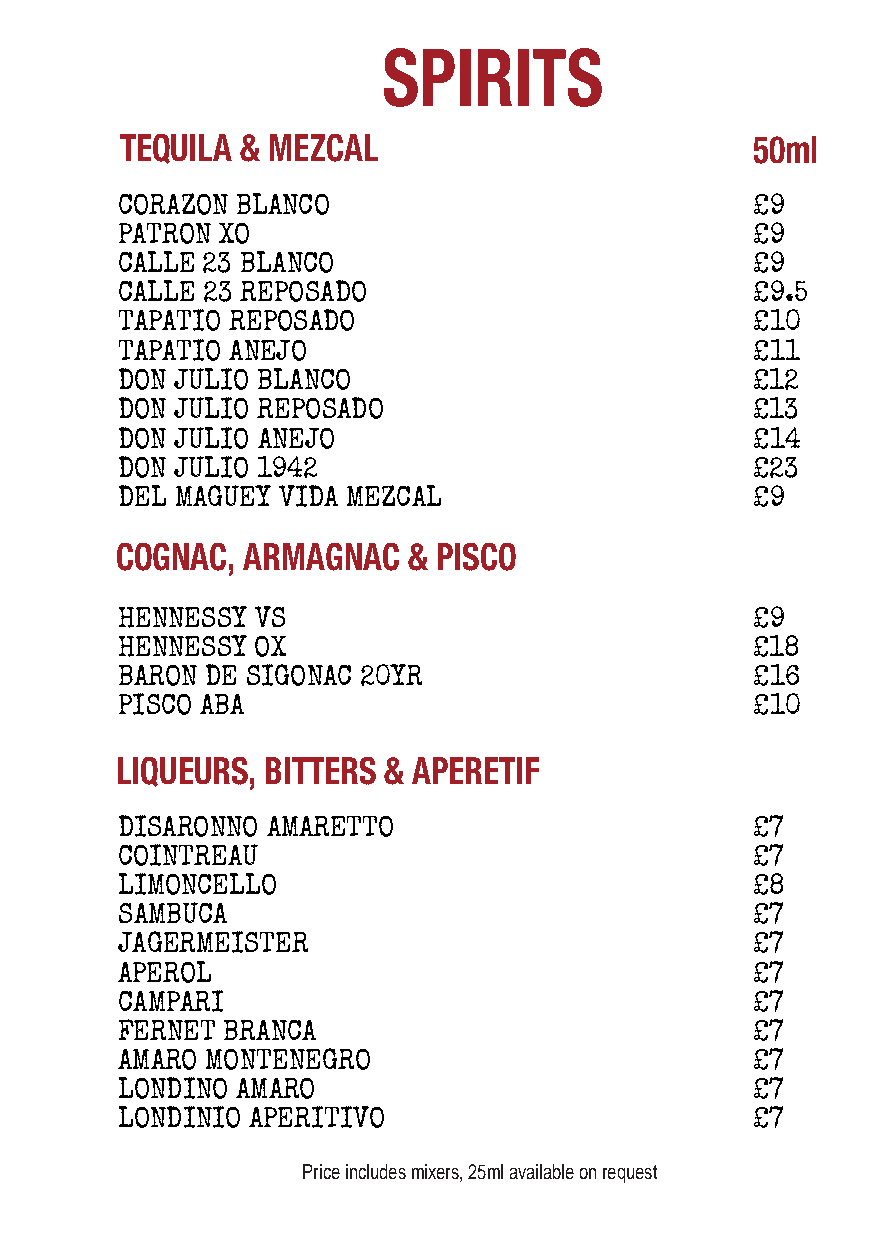
SPIRITS
 TEQUILA & MEZCAL                          50ml
 CORAZON BLANCO                            £9
 PATRON XO                                 £9
 CALLE 23 BLANCO                           £9
 CALLE 23 REPOSADO                         £9.5
 TAPATIO REPOSADO                          £10
 TAPATIO ANEJO                             £11
 DON JULIO BLANCO                          £12
 DON JULIO REPOSADO                        £13
 DON JULIO ANEJO                           £14
 DON JULIO 1942                            £23
 DEL MAGUEY VIDA MEZCAL                    £9
 COGNAC, ARMAGNAC   & PISCO
 HENNESSY VS                               £9
 HENNESSY OX                               £18
 BARON DE SIGONAC 20YR                     £16
 PISCO ABA                                 £10
 LIQUEURS, BITTERS & APERETIF
 DISARONNO AMARETTO                        £7
 COINTREAU                                 £7
 LIMONCELLO                                £8
 SAMBUCA                                   £7
 JAGERMEISTER                              £7
 APEROL                                    £7
 CAMPARI                                   £7
 FERNET BRANCA                             £7
 AMARO MONTENEGRO                          £7
 LONDINO AMARO                             £7
 LONDINIO APERITIVO                        £7
 Price includes mixers, 25ml available on request